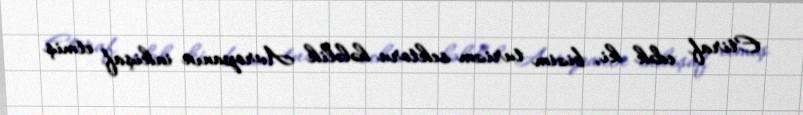
Etiraf edək ki, bizim turizm sektoru hələlik Avropanın inkişaf etmiş